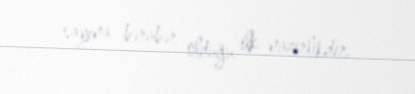
sayına bərabər olduğu ilk nazirlikdir.